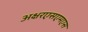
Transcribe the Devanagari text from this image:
अक्षरएसएमएस